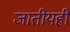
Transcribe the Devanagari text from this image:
जातीयही